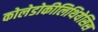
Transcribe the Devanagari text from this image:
कोलेडोकीलिथियेसिस